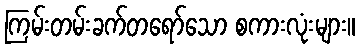
ကြမ်းတမ်းခက်တရော်သော စကားလုံးများ။